NAE_ERA_R-1950_Eesti_Ajakirjanike_Liit, lk 60
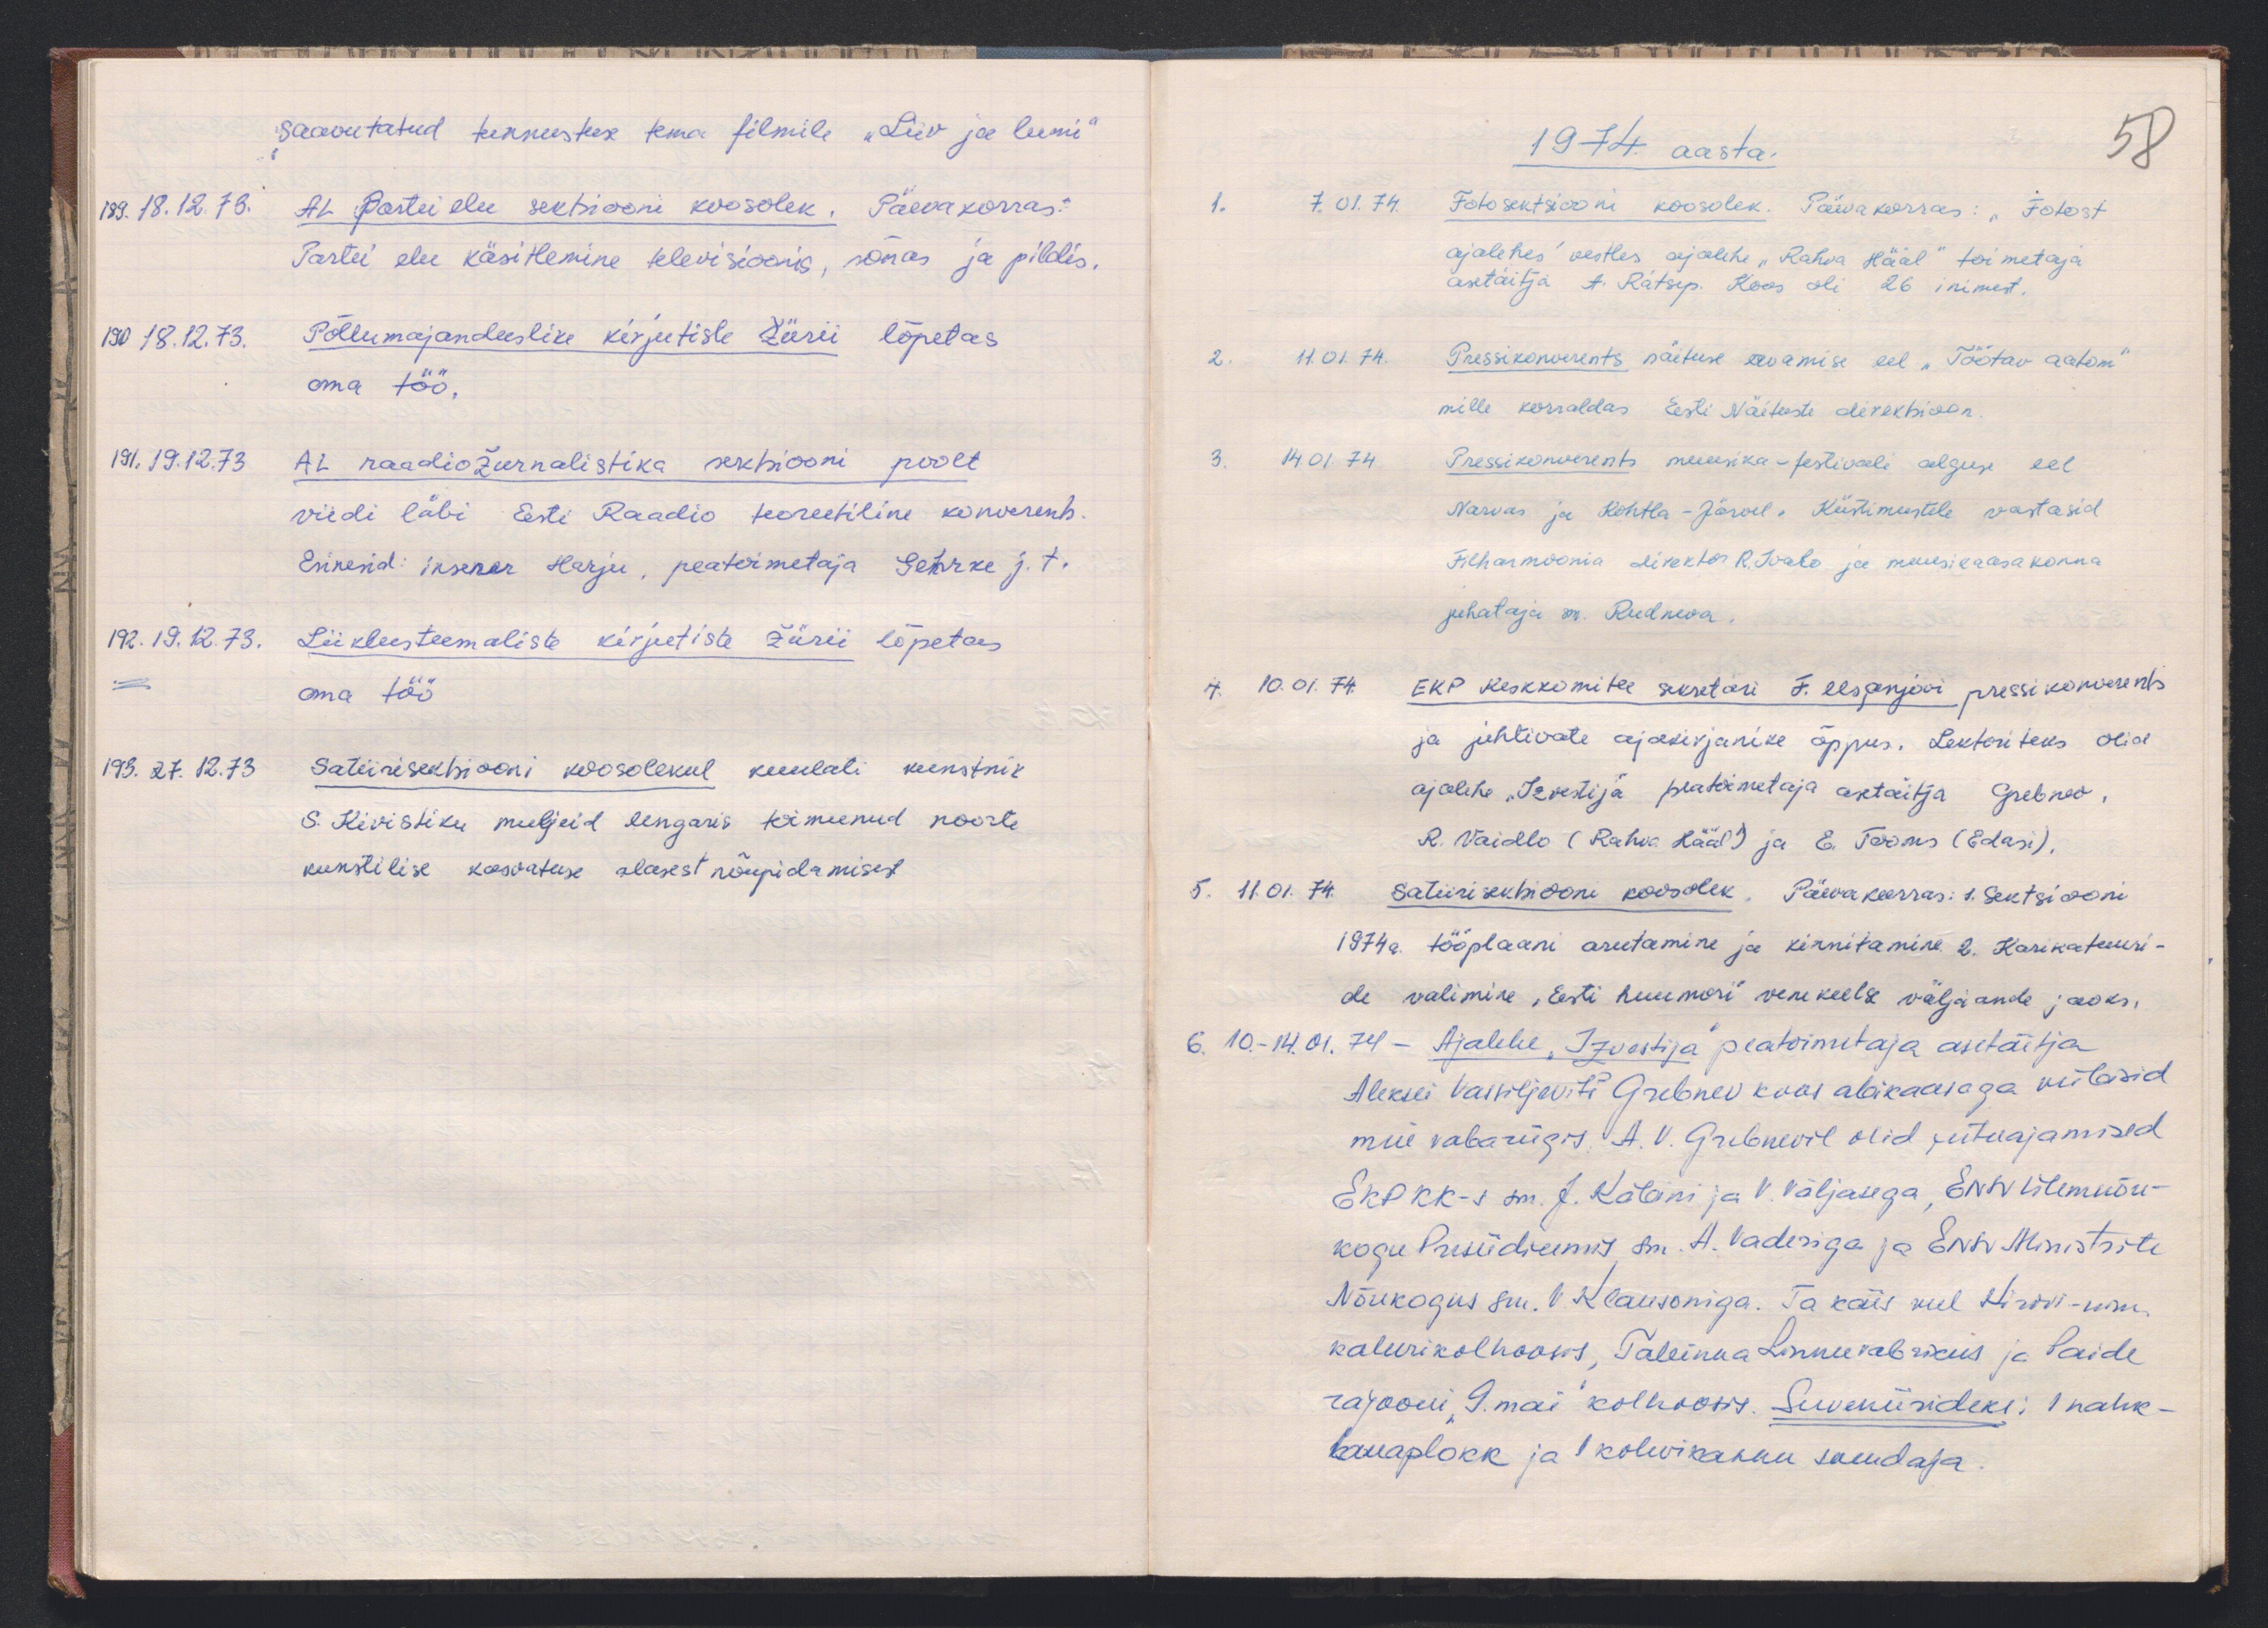
saavutatud tunnustuse tema filmile "Liiv ja lumi"
189. 18.12.73. AL Partei elu sektsiooni koosolek. Päevakorras:
Partei elu käsitlemine televisioonis, sõnas ja pildis.
190 18.12.73. Põllumajanduslike kirjutiste žürii lõpetas
oma töö.
191. 19.12.73 AL raadiožurnalistika sektsiooni poolt
viidi läbi Eesti Raadio teoreetiline konverents
Esinesid insener Harju, peatoimetaja Gerke j.t.
192. 19.12.73. Liiklusteemaliste kirjutiste žürii lõpetas
oma töö
193. 27.12.73 Satiirisektsiooni koosolekul kuulati kunstnik
S. Kivistiku muljeid Ungaris toimunud noorte
kunstilise kasvatuse alasest nõupidamisest

1974 aasta.
58
1. 7.01.74. Fotosektsiooni koosolek. Päevakorras: "Fotost
ajalehes" vestles ajalehe "Rahva Hääl" toimetaja
asetäitja A. Rätsep. Koos oli 26 inimest.
2. 11.01.74. Pressikonverents näituse avamise eel "Töötav aatom"
mille korraldas Eesti Näituste direktsioon.
3. 14.01.74 Pressikonverents muusika-festivali alguse eel
Narvas ja Kohtla-Järvel. Küstimustele vastasid
Filharmoonia direktor R. Ivalo ja muusikaosakonna
juhataja sm. Rudneva.
4. 10.01.74 EKP Keskkomitee sekretäri F. Usjanjovi pressikonverents
ja juhtivate ajakirjanike õppus. Lektoriteks olid
ajalehe "Izvestija" peatoimetaja asetäitja Grebov,
R. Vaidlo (Rahva Hääl) ja E. Tooms (Edasi).
5. 11.01.74. Satiirisektsiooni koosolek. Päevakorras: 1. Sektsiooni
1974 a. tööplaani arutamine ja kinnitamine. 2. Karikatuuri-
de valimine "Eesti huumori" vene keelse väljaande jaoks,
6. 10. - 14.01.74 - Ajalehe, "Izvestija" peatoimetaja asetäitja
Aleksei Vassiljevitiš Grebnev koos abikaasaga viibisid
meie vabariigis. A.V. Grebnevil olid jutuajamised
EKP KK-s sm. J. Käbini ja V. Väljasega, ENSV ülemnõu-
kogu Presiidiumis, sm. A. Vaderiga ja ENSV Ministrite
Nõukogus sm. V. Klausoniga. Ta käis veel Kirovi-nim.
kalurikolhoosis, Tallinna Linnuvabrikus ja Paide
rajooni "9. mai" kolhoosis. Suveniirideks: 1 nahk-
lauaplokk ja kohvikannu soojendaja